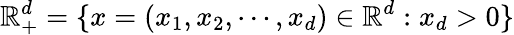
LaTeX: \mathbb{R}_{+}^{d}=\{ x=(x_{1},x_{2},\cdots,x_{d})\in\mathbb{R}^{d}:x_{d}>0\}